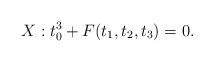
LaTeX: \begin{align*}X:t_0^3+F(t_1,t_2,t_3) = 0.\end{align*}